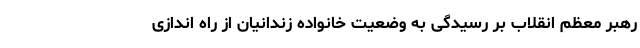
رهبر معظم انقلاب بر رسیدگی به وضعیت خانواده زندانیان از راه اندازی